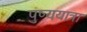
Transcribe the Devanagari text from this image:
पुष्ययात्रा